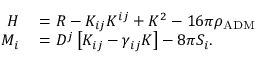
\begin{array} { r l } { H } & { { } = R - K _ { i j } K ^ { i j } + K ^ { 2 } - 1 6 \pi \rho _ { \mathrm { A D M } } } \\ { M _ { i } } & { { } = D ^ { j } \left[ K _ { i j } - \gamma _ { i j } K \right] - 8 \pi S _ { i } . } \end{array}